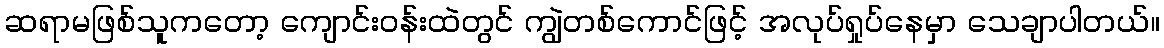
ဆရာမဖြစ်သူကတော့ ကျောင်းဝန်းထဲတွင် ကျွဲတစ်ကောင်ဖြင့် အလုပ်ရှုပ်နေမှာ သေချာပါတယ်။